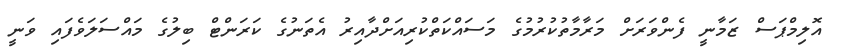
އޮލިމްޕަސް ޒަމާނީ ފެންވަރަށް މަރާމާތުކުރުމުގެ މަސައްކަތްކުރިއަށްދާއިރު އެތަނުގެ ކަރަންޓް ބިލުގެ މައްސަލަވެފައި ވަނީ